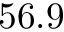
5 6 . 9